Indian journal of veterinary science and animal husbandry - Volume 12,
Year: 1942
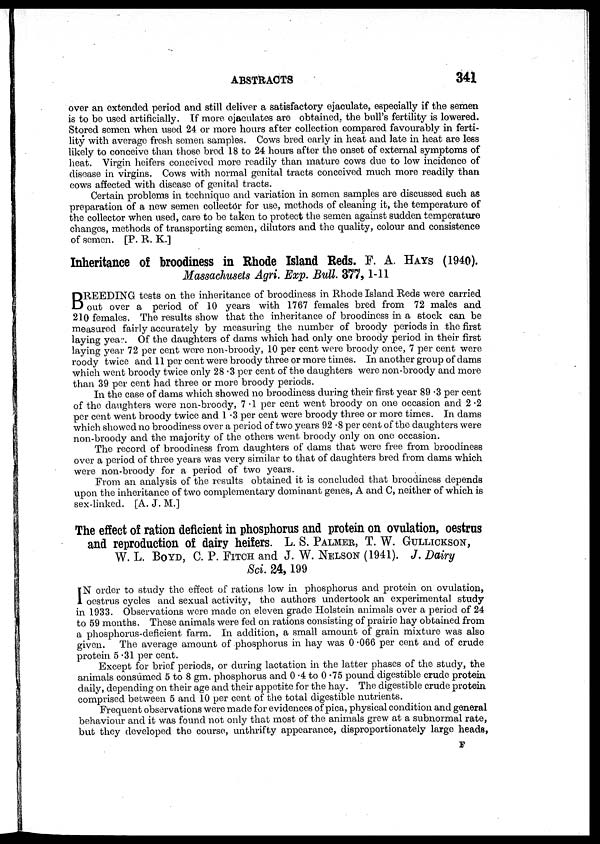
ABSTRACTS
341
over an extended period and still deliver a satisfactory ejaculate, especially if the semen
is to be used artificially. If more ejaculates are obtained., the bull's fertility is lowered.
Stored semen when used 24 or more hours after collection compared favourably in ferti-
lity with average fresh semen samples. Cows bred early in heat and late in heat are less
likely to conceive than those bred 18 to 24 hours after the onset of external symptoms of
heat. Virgin heifers conceived more readily than mature cows due to low incidence of
disease in virgins. Cows with normal genital tracts conceived much more readily than
cows affected with disease of genital tracts.
Certain problems in technique and variation in semen samples are discussed such as
preparation of a new semen collector for use, methods of cleaning it, the temperature of
the collector when used, care to be taken to protect the semen against sudden temperature
changes, methods of transporting semen, dilutors and the quality, colour and consistence
of semen. [P. R. K.]
Inheritance of broodiness in Rhode Island Reds. F. A. HAYS (1940).
Massachusets Agri. Exp. Bull. 377, 1-11
B REEDING tests on the inheritance of broodiness in Rhode Island Reds were carried
out over a period of 10 years with 1767 females bred from 72 males and
210 females. The results show that the inheritance of broodiness in a stock can be
measured fairly accurately by measuring the number of broody periods in the first
laying year. Of the daughters of dams which had only one broody period in their first
laying year 72 per cent were non-broody, 10 per cent were broody once, 7 per cent were
roody twice and 11 per cent were broody three or more times. In another group of dams
which went broody twice only 28.3 per cent of the daughters were non-broody and more
than 39 per cent had three or more broody periods.
In the case of dams which showed no broodiness during their first year 89.3 per cent
of the daughters were non-broody, 7.1 per cent went broody on one occasion and 2 .2
per cent went broody twice and 1.3 per cent were broody three or more times. In dams
which showed no broodiness over a period of two years 92.8 per cent of the daughters were
non-broody and the majority of the others went broody only on one occasion.
The record of broodiness from daughters of dams that were free from broodiness
over a period of three years was very similar to that of daughters bred from dams which
were non-broody for a period of two years.
From an analysis of the results obtained it is concluded that broodiness depends
upon the inheritance of two complementary dominant genes, A and C, neither of which is
sex-linked. [A. J. M.]
The effect of ration deficient in phosphorus and protein on ovulation, oestrus
and reproduction of dairy heifers. L. S. PALMER, T. W. GULLICKSON,
W. L. BOYD, C. P. FITCH and J. W. NELSON (1941). J. Dairy
Sci. 24,199
I N order to study the effect of rations low in phosphorus and protein on ovulation,
oestrus cycles and sexual activity, the authors undertook an experimental study
in 1933. Observations were made on eleven grade Holstein animals over a period of 24
to 59 months. These animals were fed on rations consisting of prairie hay obtained from
a phosphorus-deficient farm. In addition, a small amount of grain mixture was also
given. The average amount of phosphorus in hay was 0 .066 per cent and of crude
protein 5.31 per cent.
Except for brief periods, or during lactation in the latter phases of the study, the
animals consumed 5 to 8 gm. phosphorus and 0.4 to 0.75 pound digestible crude protein
daily, depending on their age and their appetite for the hay. The digestible crude protein
comprised between 5 and 10 per cent of the total digestible nutrients.
Frequent observations were made for evidences of pica, physical condition and general
behaviour and it was found not only that most of the animals grew at a subnormal rate,
but they developed the course, unthrifty appearance, disproportionately large heads,
F